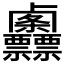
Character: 𠨌